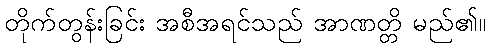
တိုက်တွန်းခြင်း အစီအရင်သည် အာဏတ္တိ မည်၏။